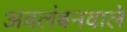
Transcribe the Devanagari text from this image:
अवलंबनवाले